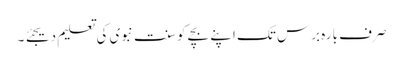
صرف بارہ برس تک اپنے بچے کو سنت نبوی کی تعلیم دیجئے ۔